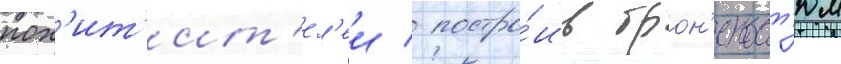
пох'ит'ит'ел'еи / постро́ив брон'екост'юм